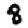
Digit: 8